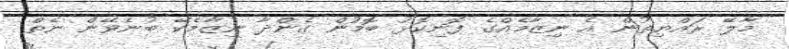
މާލޭ ރައްޔިތުން އެ ނިޒާމެއްގެ ފޮނިކޮޅު ބޮމުން ގެންދާ ނިޒާމެކޭ ބުނެވޭން ނެތް